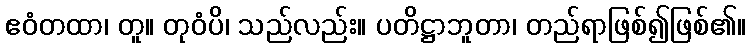
ဧဝံတထာ၊ တူ။ တုဝံပိ၊ သည်လည်း။ ပတိဋ္ဌာဘူတာ၊ တည်ရာဖြစ်၍ဖြစ်၏။